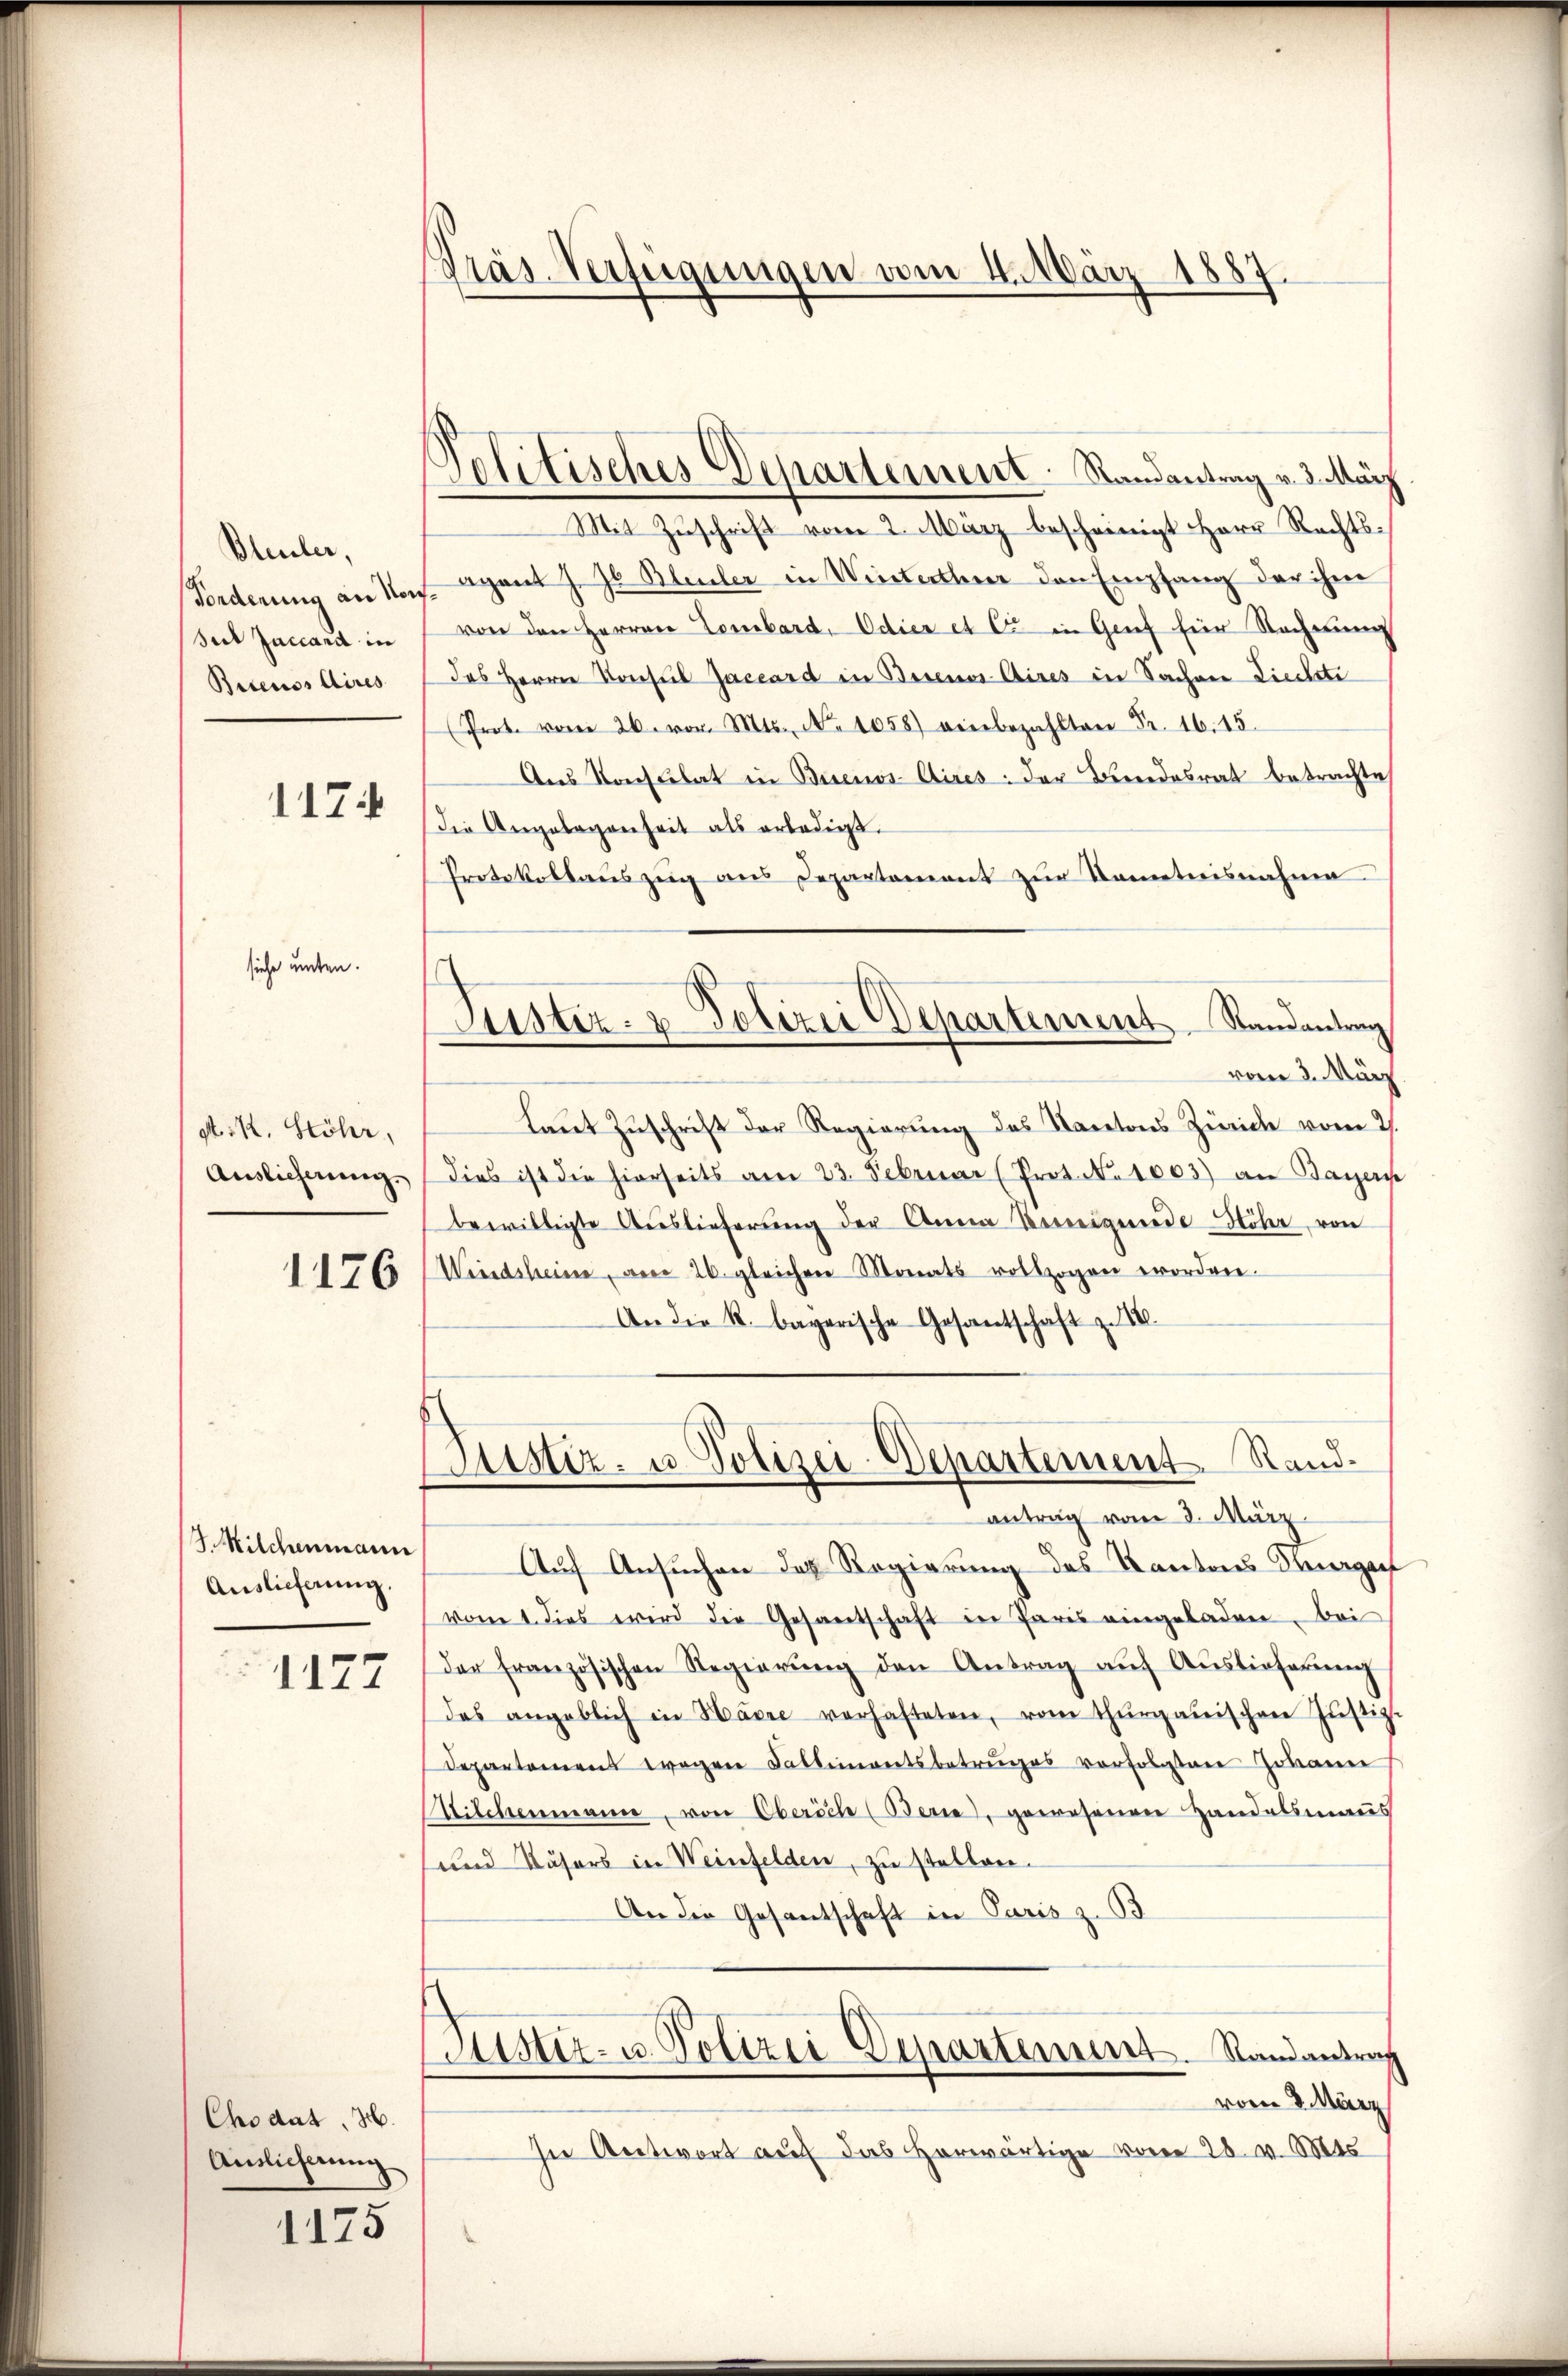
Bleuler,
Fonderung an Nor
Sil Zaccand in
Buenos Aires

1174

sieche unten.

A.K. Stöhr,
Auslieferung.

1126

Kilchenmann
Auslieferung.
1177

Chodat H.
Ainslicherung

1175

Präs. Verfügungen vom 4. März 1887.

Solitisches Departement. Randantrag v. 3. März

Mit Zŭschrift vom 2. März bescheinigt Herr Rechtsagant J. Jb. Bleuler in Winterthur den Empfang der ihm
von den Herren Lombard, Odier et C in Genf für Rechnung
das Herrn Konsul Jaceard in Buenos-Aires in Sachen Liedete
Prot. vom 26. vor. Mts., No 1058) einbezahlten Fr. 16. 15.
Aus Konsulat in Buenos-Aires: der Bundesrat betrachte
die Angelegenheit als erledigt.
Protokollauszug aus Departement zur Kometnisnahme
vom 3. März
Laut Zuschrift der Regierung des Kantons Zürich vom 2.
dies ist die hierseits am 23. Februar (Prot. N. 1003) an Bayern
bewilligte Auslieferung der Anna Bennigende Höhr, von
Windsheim, von 26. gleichen Monats vollzogen worden.
An die k. bayerische Gesantschaft zu 16.
Justiz- u. Polizei-Departement Randantrag vom 8. März
Auf Ansuchen des Regierung des Kantons Kurgauf
vom 1. dies wird die Gesantschaft in Paris eingeladen bei
der französischen Regierŭng den Antrag aŭf Aŭstieferung
das angeblich in Havre verhafteten, vom thurgauischen Jŭstiz-
Departamens wegen Fallementsbetruges verfolgten Johann
Wilchenmann, von Oberich (Berne, gewesenen Handelsmans
und Nähers in Weinfelden, zu stellen.
An die Gesantschaft in Paris z. B
Justiz- u. Polizei Departement. Randantrag
vom 8. März
In Antwort auf das Horwärtige von 28. v. Mts

Justiz- & Polizei Departement Randantrag